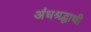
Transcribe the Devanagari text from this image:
अंधश्रद्धाथी